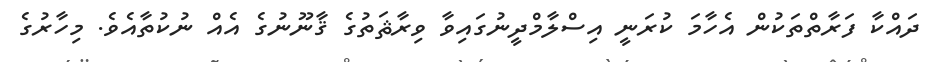
ދައްކާ ފަރާތްތަކުން އެހާމަ ކުރަނީ އިސްލާމްދީނުގައިވާ ވިރާޘަތުގެ ޤާނޫނުގެ އެއް ނުކުތާއެވެ. މިހާރުގެ